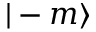
| - m \rangle